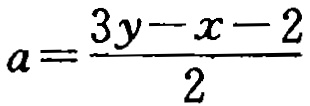
\(a=\frac{3y - x - 2}{2}\)